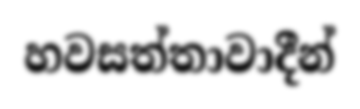
හවසත්තාවාදීන්